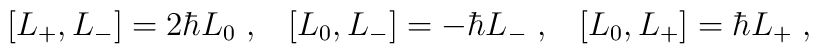
\left[  L_{+},L_{-}\right]  =2\hbar L_{0}\;,\;\;\;\left[  L_{0},L_{-}\right]=-\hbar L_{-}\;,\;\;\;\left[  L_{0},L_{+}\right]  =\hbar L_{+}\;,